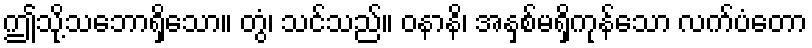
ဤသို့သဘောရှိသော။ တွံ၊ သင်သည်။ ဝနာနိ၊ အနှစ်မရှိကုန်သော လက်ပံတော